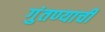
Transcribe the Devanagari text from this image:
गुंतण्याची